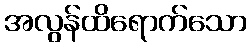
အလွန်ထိရောက်သော